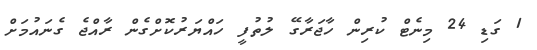
1 ގަޑި 24 މިނެޓް ކުރިން ހާޖަރާގޭ ލުތުފީ ހައްޔަރުކޮށްގެން ރާއްޖެ ގެނައުމަށް